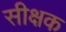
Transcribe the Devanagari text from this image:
सीक्षक